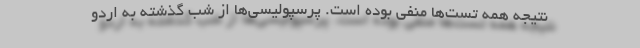
نتیجه همه تست‌ها منفی بوده است. پرسپولیسی‌ها از شب گذشته به اردو